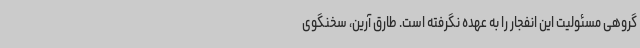
گروهی مسئولیت این انفجار را به عهده نگرفته است. طارق آرین، سخنگوی